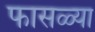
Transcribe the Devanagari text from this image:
फासळ्या